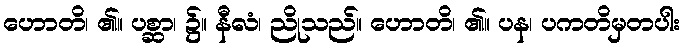
ဟောတိ၊ ၏။ ပစ္ဆာ၊ ၌။ နီလံ၊ ညိုသည်။ ဟောတိ၊ ၏။ ပန၊ ပကတိမှတပါး